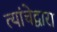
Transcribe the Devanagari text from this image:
त्यांचेद्वारा